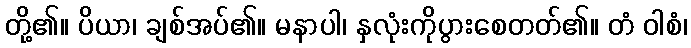
တို့၏။ ပိယာ၊ ချစ်အပ်၏။ မနာပါ၊ နှလုံးကိုပွားစေတတ်၏။ တံ ဝါစံ၊